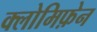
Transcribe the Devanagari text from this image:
क्लोमिफ़ेन